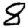
Digit: 8